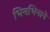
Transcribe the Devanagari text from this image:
भिनभिनाने